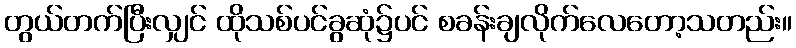
တွယ်တက်ပြီးလျှင် ထိုသစ်ပင်ခွဆုံ၌ပင် စခန်းချလိုက်လေတော့သတည်း။